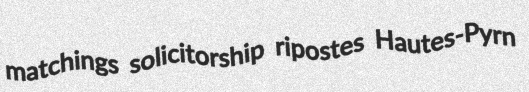
matchings solicitorship ripostes Hautes-Pyrn